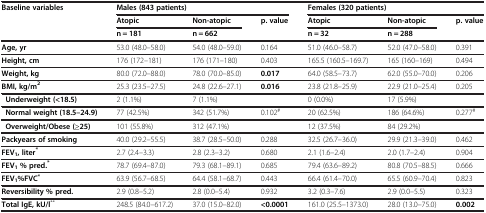
<table><thead><tr><td><b>Baseline variables</b></td><td colspan="3"><b>Males (843 patients)</b></td><td colspan="3"><b>Females (320 patients)</b></td></tr><tr><td><b> </b></td><td><b>Atopic</b></td><td><b>Non-atopic</b></td><td rowspan="2"><b>p. value</b></td><td><b>Atopic</b></td><td><b>Non-atopic</b></td><td><b>p. value</b></td></tr><tr><td><b> </b></td><td><b>n = 181</b></td><td><b>n = 662</b></td><td><b>n = 32</b></td><td><b>n = 288</b></td><td><b> </b></td></tr></thead><tbody><tr><td><b>Age, yr</b></td><td>53.0 (48.0–58.0)</td><td>54.0 (48.0–59.0)</td><td>0.164</td><td>51.0 (46.0–58.7)</td><td>52.0 (47.0–58.0)</td><td>0.391</td></tr><tr><td><b>Height, cm</b></td><td>176 (172–181)</td><td>176 (171–180)</td><td>0.403</td><td>165.5 (160.5–169.7)</td><td>165 (160–169)</td><td>0.494</td></tr><tr><td><b>Weight, kg</b></td><td>80.0 (72.0–88.0)</td><td>78.0 (70.0–85.0)</td><td><b>0.017</b></td><td>64.0 (58.5–73.7)</td><td>62.0 (55.0–70.0)</td><td>0.206</td></tr><tr><td><b>BMI, kg/m</b><sup><b>2</b></sup></td><td>25.3 (23.5–27.5)</td><td>24.8 (22.6–27.1)</td><td><b>0.016</b></td><td>23.8 (21.8–25.9)</td><td>22.9 (21.0–25.4)</td><td>0.205</td></tr><tr><td> <b>Underweight (&lt;18.5)</b></td><td>2 (1.1%)</td><td>7 (1.1%)</td><td> </td><td>0 (0.0%)</td><td>17 (5.9%)</td><td> </td></tr><tr><td> <b>Normal weight (18.5–24.9)</b></td><td>77 (42.5%)</td><td>342 (51.7%)</td><td>0.102<sup>#</sup></td><td>20 (62.5%)</td><td>186 (64.6%)</td><td>0.277<sup>#</sup></td></tr><tr><td> <b>Overweight/Obese (≥25)</b></td><td>101 (55.8%)</td><td>312 (47.1%)</td><td> </td><td>12 (37.5%)</td><td>84 (29.2%)</td><td> </td></tr><tr><td><b>Packyears of smoking</b></td><td>40.0 (29.2–55.5)</td><td>38.7 (28.5–50.0)</td><td>0.288</td><td>32.5 (26.7–36.0)</td><td>29.9 (21.3–39.0)</td><td>0.462</td></tr><tr><td><b>FEV</b><sub><b>1</b></sub><b>, liter</b><sup><b>*</b></sup></td><td>2.7 (2.4–3.3)</td><td>2.8 (2.3–3.2)</td><td>0.680</td><td>2.1 (1.6–2.4)</td><td>2.0 (1.7–2.4)</td><td>0.904</td></tr><tr><td><b>FEV</b><sub><b>1 </b></sub><b>% pred.</b><sup><b>*</b></sup></td><td>78.7 (69.4–87.0)</td><td>79.3 (68.1–89.1)</td><td>0.685</td><td>79.4 (63.6–89.2)</td><td>80.8 (70.5–88.5)</td><td>0.666</td></tr><tr><td><b>FEV</b><sub><b>1</b></sub><b>%FVC</b><sup><b>*</b></sup></td><td>63.9 (56.7–68.5)</td><td>64.4 (58.1–68.7)</td><td>0.443</td><td>66.4 (61.4–70.0)</td><td>65.5 (60.9–70.4)</td><td>0.823</td></tr><tr><td><b>Reversibility % pred.</b></td><td>2.9 (0.8–5.2)</td><td>2.8 (0.0–5.4)</td><td>0.932</td><td>3.2 (0.3–7.6)</td><td>2.9 (0.0–5.5)</td><td>0.323</td></tr><tr><td><b>Total IgE, kU/l</b><sup>**</sup></td><td>248.5 (84.0–617.2)</td><td>37.0 (15.0–82.0)</td><td><b>&lt;0.0001</b></td><td>161.0 (25.5–1373.0)</td><td>28.0 (13.0–75.0)</td><td><b>0.002</b></td></tr></tbody></table>